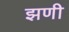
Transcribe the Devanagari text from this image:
झणी